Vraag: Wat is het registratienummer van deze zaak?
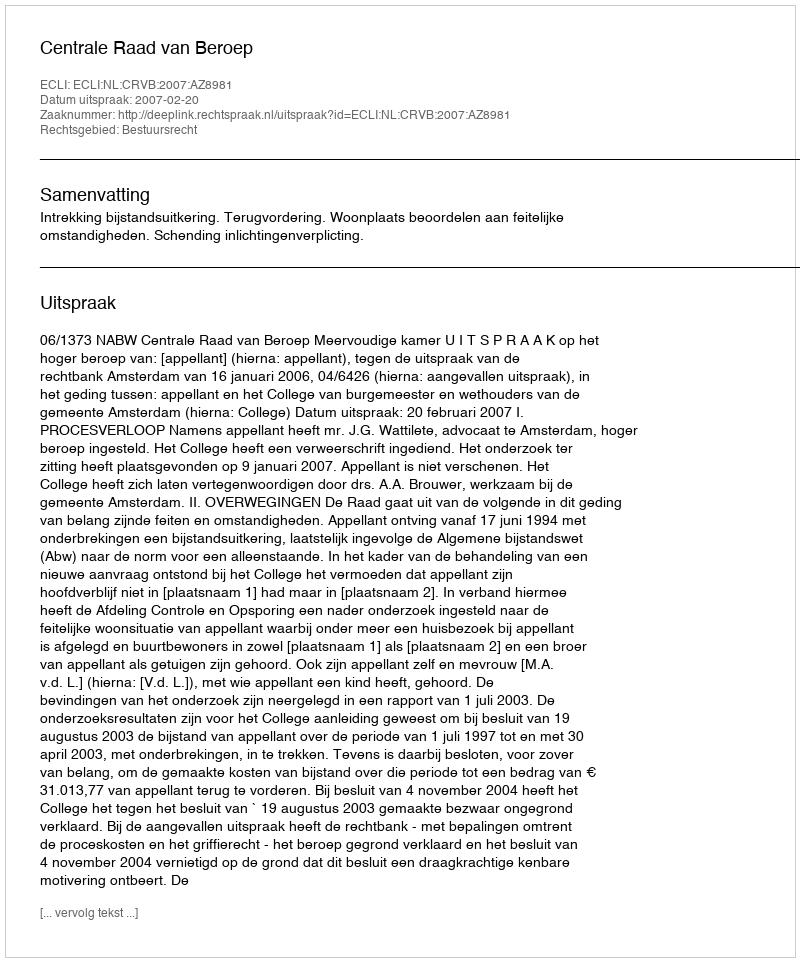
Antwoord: http://deeplink.rechtspraak.nl/uitspraak?id=ECLI:NL:CRVB:2007:AZ8981